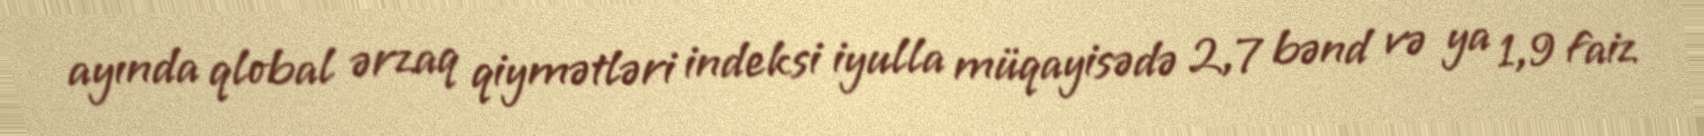
ayında qlobal ərzaq qiymətləri indeksi iyulla müqayisədə 2,7 bənd və ya 1,9 faiz